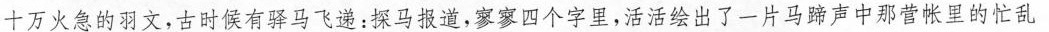
你不信么？“非敢后也，马不进也。”那个落落大方说着这样话的家伙，要在跟十万火急的羽文，古时候有驿马飞递：探马报道，寥寥四个字里，活活绘出了一片马蹄声中那营帐里的忙乱